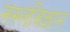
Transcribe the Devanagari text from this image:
नस्लविज्ञान